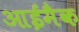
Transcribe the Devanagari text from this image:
आईमैक